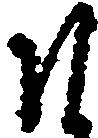
そ